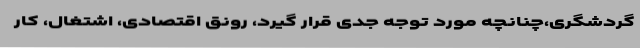
گردشگری،چنانچه مورد توجه جدی قرار گیرد، رونق اقتصادی، اشتغال، کار